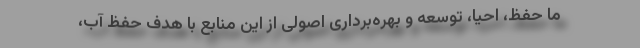
ما حفظ، احیا، توسعه و بهره‌برداری اصولی از این منابع با هدف حفظ آب،